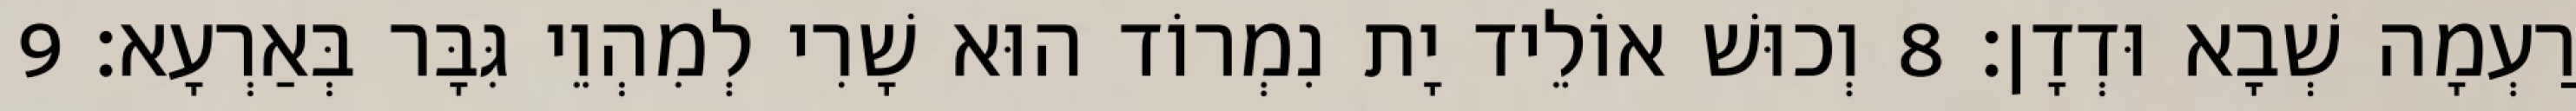
רַעְמָה שְׁבָא וּדְדָן׃ 8 וְכוּשׁ אוֹלֵיד יָת נִמְרוֹד הוּא שָׁרִי לְמִהְוֵי גִּבָּר בְּאַרְעָא׃ 9